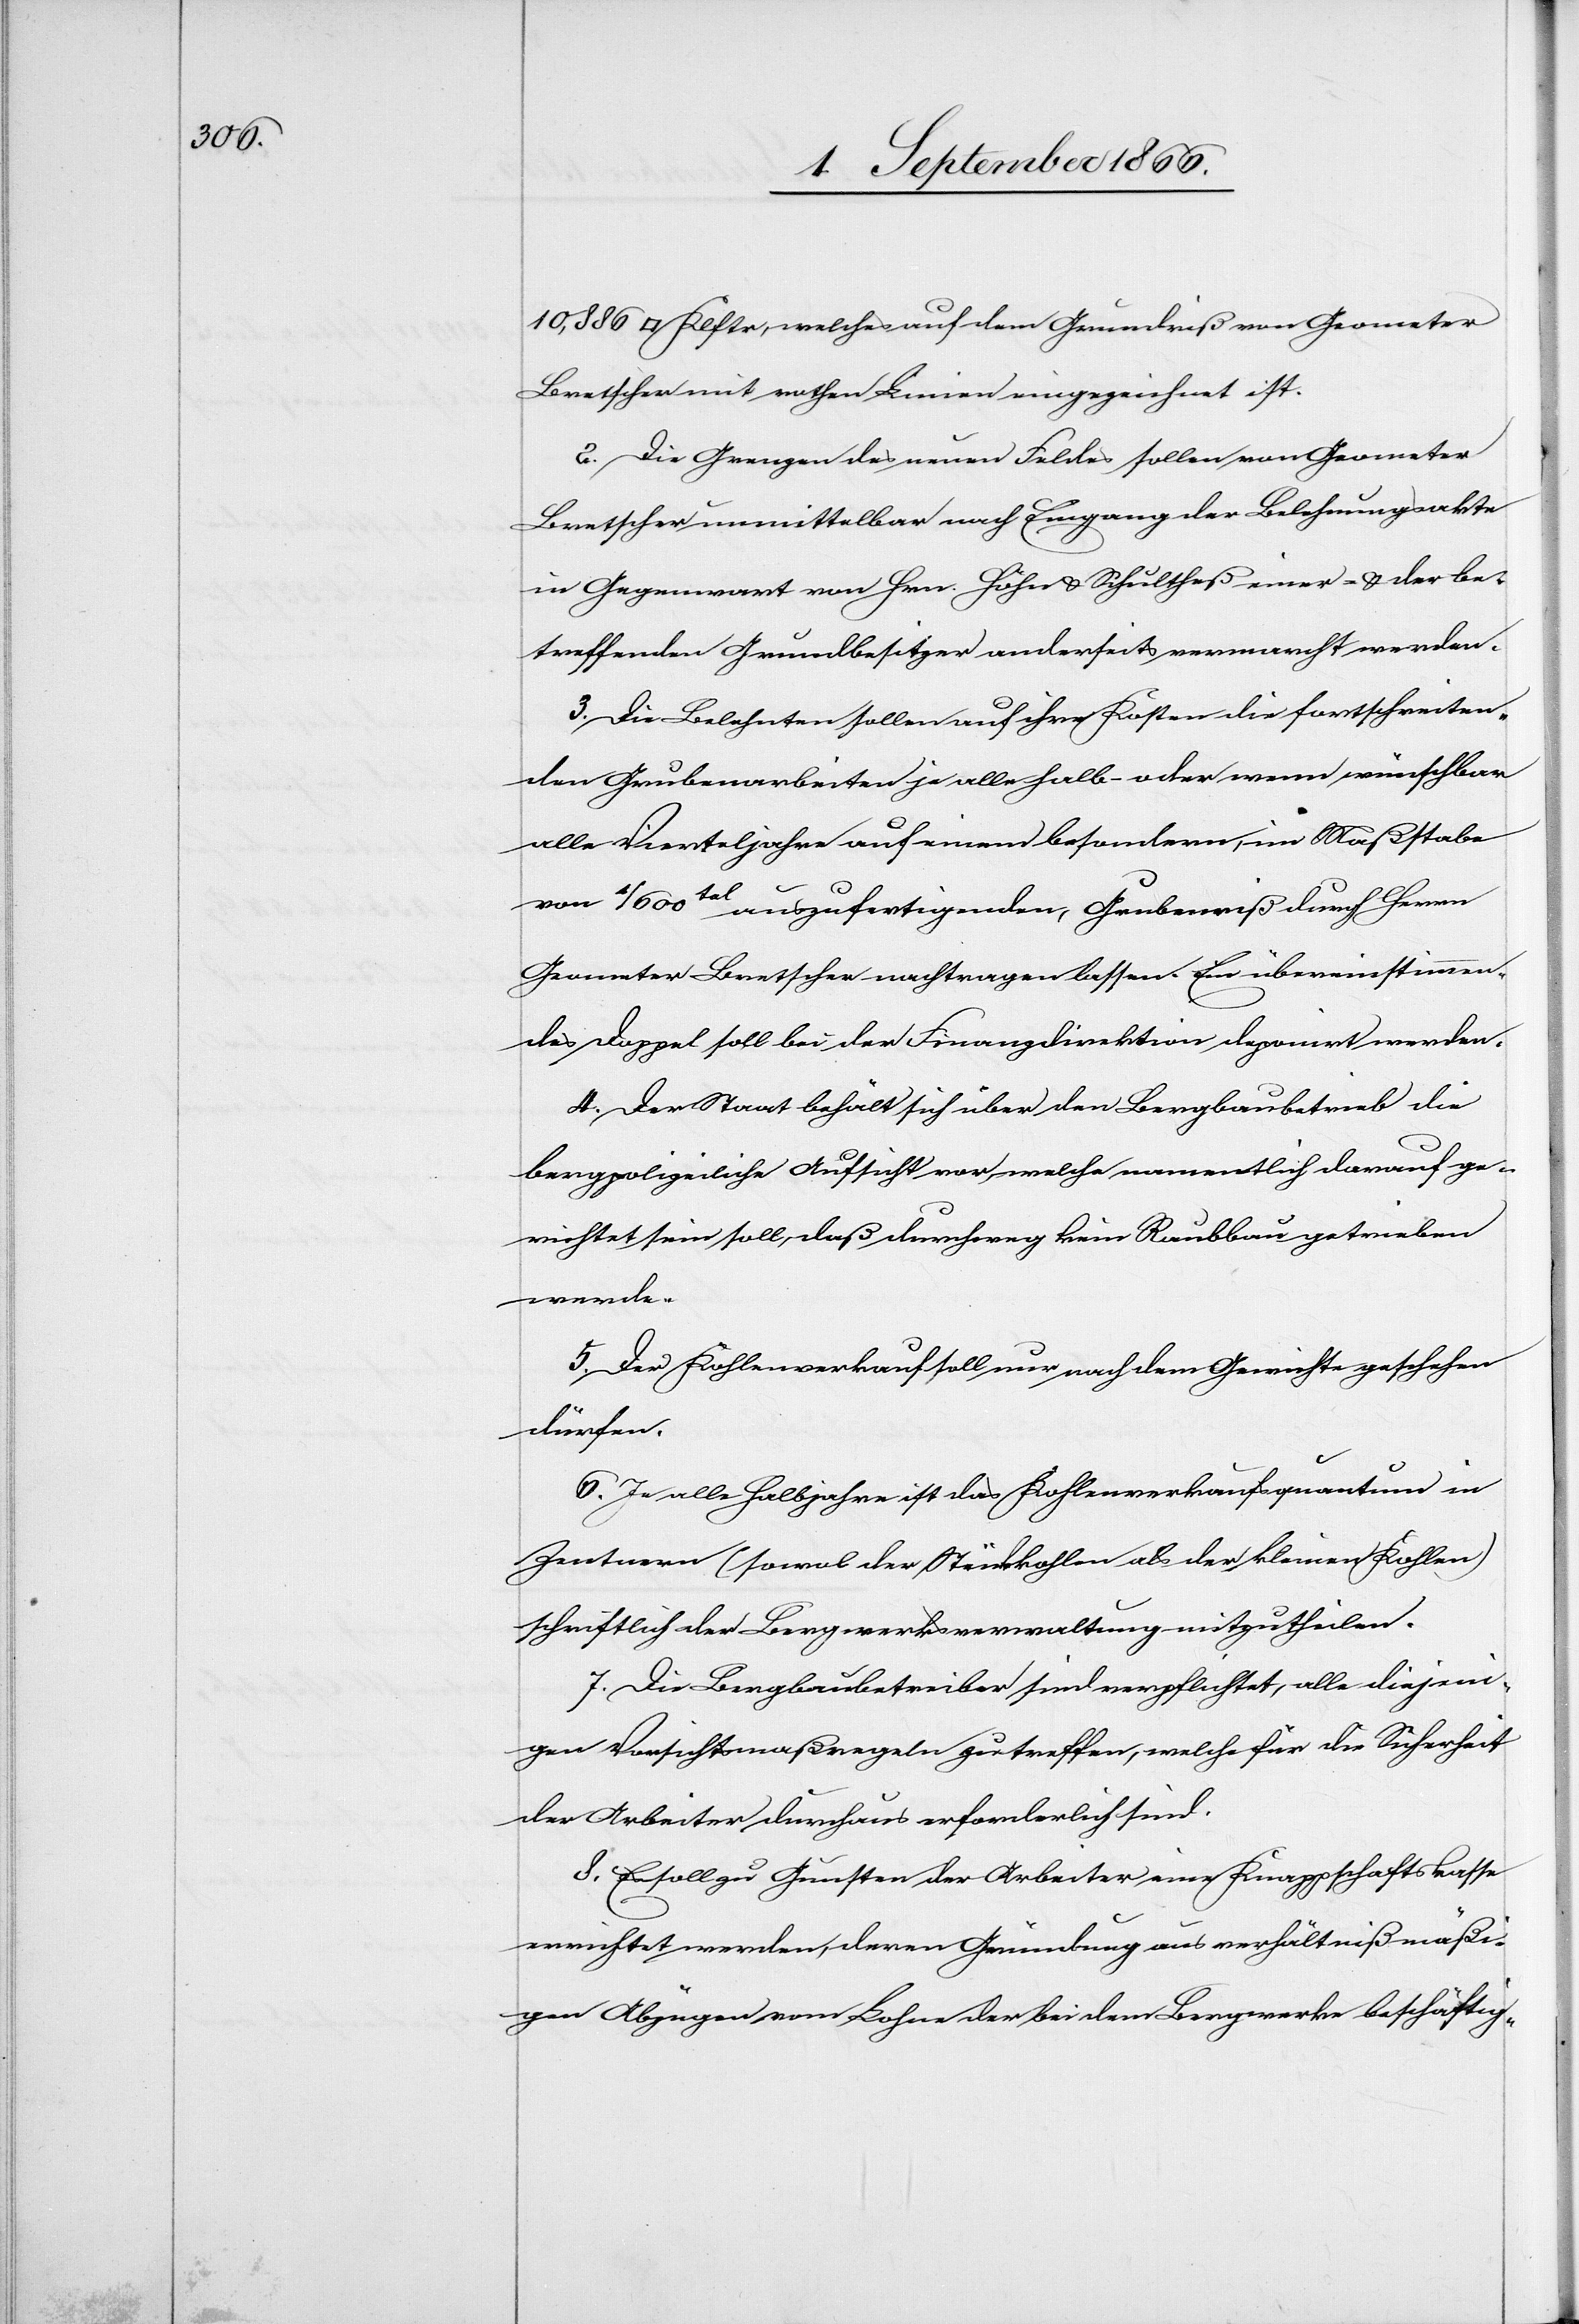
10 886 [Quadratklafter], welches auf dem Grundriß von Geometer
Bretscher mit rothen Linien eingezeichnet ist.
2. Die Grenzen des neuen Feldes sollen von Geometer
Bretscher unmittelbar nach Eingang der Belehnungsakte
in Gegenwart von Hrn. Höhn u. Schultheß einer- u. der be¬
treffenden Grundbesitzer anderseits vermarcht werden.
3. Die Belehnten sollen auf ihre Kosten die fortschreiten¬
den Grubenarbeiten je alle halb- oder wenn wünschbar
alle Vierteljahre auf einem besondern, im Maßstabe
von 1/600tel auszufertigenden, Grubenriß durch Herrn
Geometer Bertscher nachtragen lassen. Ein übereinstimmen¬
des Doppel soll bei der Finanzdirektion deponirt werden.
4. Der Staat behält sich über den Bergbaubetrieb die
bergpolizeiliche Aufsicht vor, welche namentlich darauf ge¬
richtet sein soll, daß durchweg kein Raubbau getrieben
werde.
5. Der Kohlenverkauf soll nur nach dem Gewichte geschehen
dürfen.
6. Je alle Halbjahre ist das Kohlenverkaufsquantum in
Zentnern (sowol der Stückzahlen als der kleinen Kohlen)
schriftlich der Bergwerksverwaltung mitzutheilen.
7. Die Bergbaubetreiber sind verpflichtet, alle diejeni¬
gen Vorsichtsmaßregeln zu treffen, welche für die Sicherheit
der Arbeiter durchaus erforderlich sind.
8. Es soll zu Gunsten der Arbeiter eine Knappschaftskasse
errichtet werden, deren Gründung aus verhältnißmäßi¬
gen Abzügen vom Lohn der bei dem Bergwerke beschäftig-